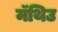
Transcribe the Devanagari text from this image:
मॅथिउ